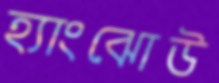
হ্যাংঝোউ